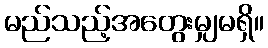
မည်သည့်အတွေးမျှမရှိ။